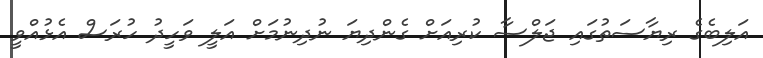
އަލިބެގެ ރިޔާސަތުގައި ޖަލްސާ ކުރިއަށް ގެންދިޔަ ނުދިނުމަށް އަލީ ވަހީދު ހުރަސް އެޅުއްވީ